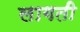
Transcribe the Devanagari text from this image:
लागती